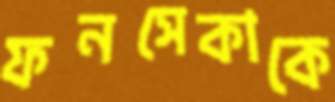
ফনসেকাকে